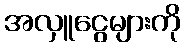
အလှူငွေများကို